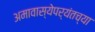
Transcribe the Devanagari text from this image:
अमावास्येपर्यंतच्या